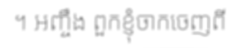
។ អញ្ចឹង ពួកខ្ញុំចាកចេញពី